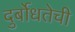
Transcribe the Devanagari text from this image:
दुर्बोधतेची